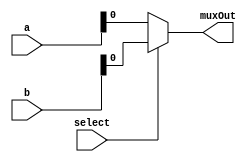
module mux21_32_bit(input [31: 0]a, b, input select, output reg muxOut);
     
    always @(a,b,select)
    begin
    if(select)
        muxOut=b;
    else
        muxOut=a;
    end
    
endmodule